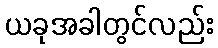
ယခုအခါတွင်လည်း